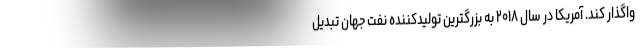
واگذار کند. آمریکا در سال ۲۰۱۸ به بزرگترین تولیدکننده نفت جهان تبدیل